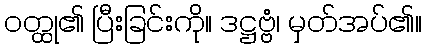
ဝတ္ထု၏ ပြီးခြင်းကို။ ဒဋ္ဌဗ္ဗံ၊ မှတ်အပ်၏။